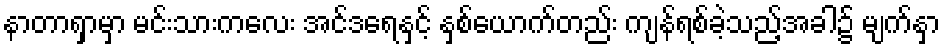
နာတာရှာမှာ မင်းသားကလေး အင်ဒရေနှင့် နှစ်ယောက်တည်း ကျန်ရစ်ခဲ့သည့်အခါ၌ မျက်နှာ